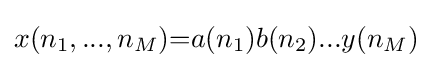
x(n_{1},...,n_{M}){=}a(n_{1})b(n_{2})...y(n_{M})